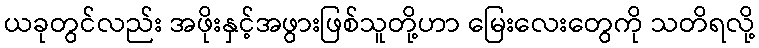
ယခုတွင်လည်း အဖိုးနှင့်အဖွားဖြစ်သူတို့ဟာ မြေးလေးတွေကို သတိရလို့